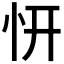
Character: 𭜕